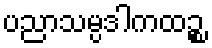
ပညာသမ္ပဒါကထဉ္စ